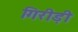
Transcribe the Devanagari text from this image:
गिरीड़ी